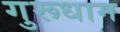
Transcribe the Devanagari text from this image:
गुरूधाम